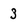
Character: 3